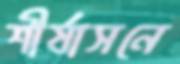
শীর্ষাসনে